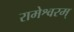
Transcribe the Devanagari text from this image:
रामेश्वरम्‌